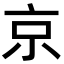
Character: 京